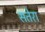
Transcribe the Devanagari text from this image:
सतेरा